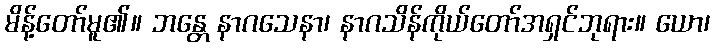
မိန့်တော်မူ၏။ ဘန္တေ နာဂသေနာ၊ နာဂသိန်ကိုယ်တော်အရှင်ဘုရား။ ယော၊